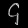
Digit: ၄